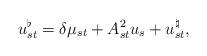
LaTeX: \begin{align*} u^{\flat}_{st} = \delta \mu_{st} + A^2_{st} u_s + u_{st}^{\natural} ,\end{align*}